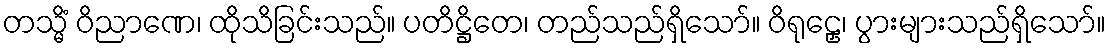
တသ္မိံ ဝိညာဏေ၊ ထိုသိခြင်းသည်။ ပတိဋ္ဌိတေ၊ တည်သည်ရှိသော်။ ဝိရုဠှေ၊ ပွားများသည်ရှိသော်။